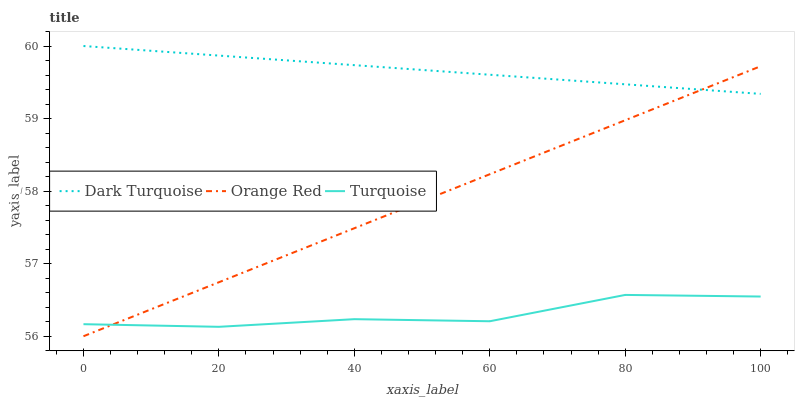
| xaxis_label | Dark Turquoise | Orange Red | Turquoise |
 | --- | --- | --- | --- |
 | 0 | 60 | 56 | 56.2 |
 | 20 | 59.9 | 56.7 | 56.1 |
 | 40 | 59.7 | 57.5 | 56.2 |
 | 60 | 59.6 | 58.2 | 56.2 |
 | 80 | 59.5 | 59 | 56.6 |
 | 100 | 59.3 | 59.7 | 56.5 |